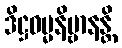
ဒိဋ္ဌဓမ္မနိဗ္ဗာနန္တိ